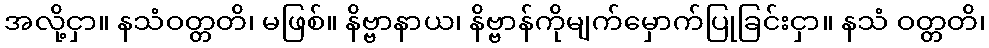
အလို့ငှာ။ နသံဝတ္တတိ၊ မဖြစ်။ နိဗ္ဗာနာယ၊ နိဗ္ဗာန်ကိုမျက်မှောက်ပြုခြင်းငှာ။ နသံ ဝတ္တတိ၊